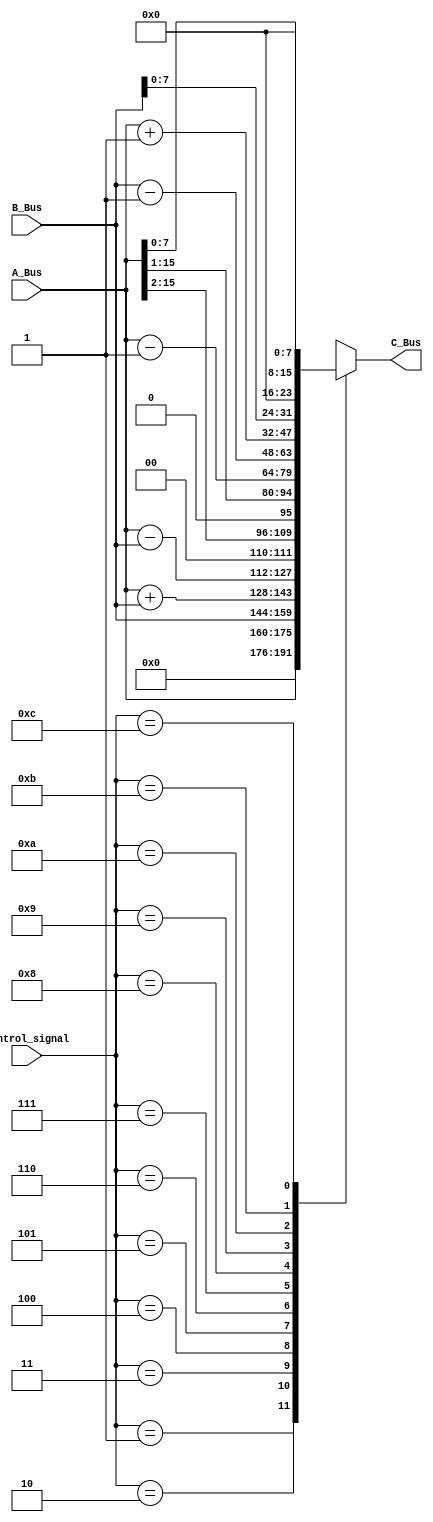
`timescale 1ns / 1ps

module ALU(
		A_Bus,
		B_Bus,
		control_signal,
		C_Bus
    );

input [15:0] A_Bus;
input [15:0] B_Bus;
output reg[15:0] C_Bus;
input [3:0] control_signal;

always @(control_signal,B_Bus,A_Bus)
	begin
		case(control_signal)
			4'b0000:
				begin
						C_Bus=16'bx;
				end
				
			4'b0001:
				begin
				C_Bus=16'b0;
				end
			
			4'b0010:
				begin
						C_Bus=A_Bus;
				end
				
			4'b0011:
				begin
						C_Bus=B_Bus;
				end
				
			4'b0100:
				begin
						C_Bus=A_Bus+B_Bus;
				end
				
			4'b0101:
				begin
						C_Bus=A_Bus-B_Bus;
				end
			
			
			4'b0110:
				begin
						C_Bus=A_Bus>>2;
				end
				
			4'b0111:
				begin
						C_Bus=A_Bus>>1;

				end
			
			4'b1000:
				begin
						C_Bus=A_Bus-16'b0000000000000001;

				end
			4'b1001:
				begin
						C_Bus=B_Bus-16'b0000000000000001;
				end
				
			4'b1010:
				begin
						C_Bus=A_Bus+16'b0000000000000001;
				end
				
			4'b1011:
				begin
						C_Bus=B_Bus<<8;
				end
			4'b1100:
				begin
						C_Bus=A_Bus<<8;
				end
			default:
				begin
					C_Bus=16'bx;
				end
		endcase
	end


endmodule